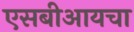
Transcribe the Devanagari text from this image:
एसबीआयचा